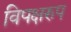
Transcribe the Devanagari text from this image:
विपक्षरुप